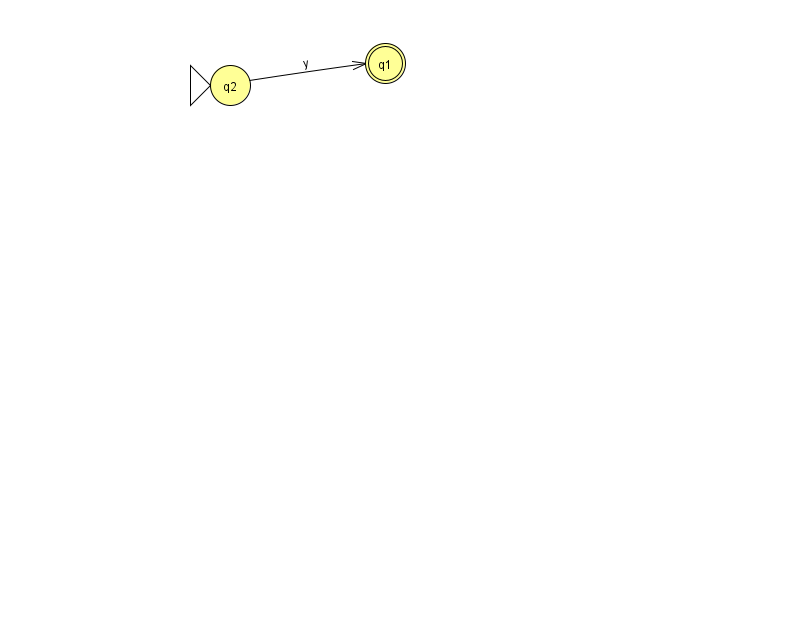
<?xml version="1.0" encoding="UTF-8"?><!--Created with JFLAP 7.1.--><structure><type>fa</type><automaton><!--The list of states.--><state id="1" name="q1"><x>385.0</x><y>50.0</y><final/></state><state id="2" name="q2"><x>230.0</x><y>72.0</y><initial/></state><!--The list of transitions.--><transition><from>2</from><to>1</to><read>y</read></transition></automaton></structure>